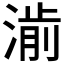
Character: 𱨃